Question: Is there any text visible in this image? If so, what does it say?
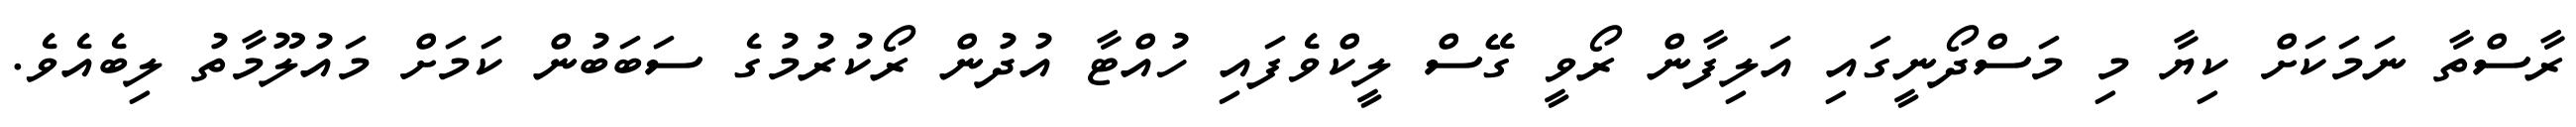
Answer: ރާސްތާ ނަމަކަށް ކިޔާ މި މަސްދޯނީގައި އަލިފާން ރޯވީ ގޭސް ލީކްވެފައި ހުއްޓާ އުދުން ރޯކުރުމުގެ ސަބަބުން ކަމަށް މައުލޫމާތު ލިބެއެވެ.